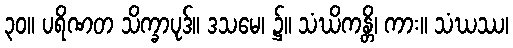
၃၀။ ပရိဏတ သိက္ခာပုဒ်။ ဒသမေ၊ ၌။ သံဃိကန္တိ၊ ကား။ သံဃဿ၊